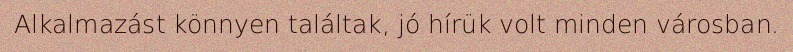
Alkalmazást könnyen találtak, jó hírük volt minden városban.